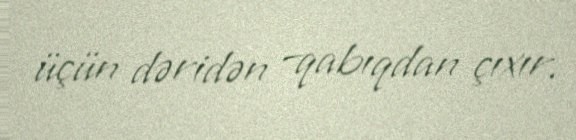
üçün dəridən –qabıqdan çıxır.